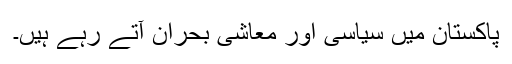
پاکستان میں سیاسی اور معاشی بحران آتے رہے ہیں۔